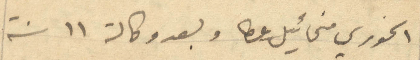
الخوري مخائيل عطا وبعد وكالة 11 سنة